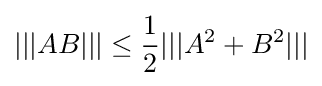
|||AB|||\leq {\frac {1}{2}}|||A^{2}+B^{2}|||